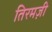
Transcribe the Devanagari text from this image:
तिरमज़ी